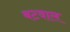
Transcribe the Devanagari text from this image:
बटवाल